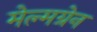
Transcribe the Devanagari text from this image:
मेल्मग्रेन